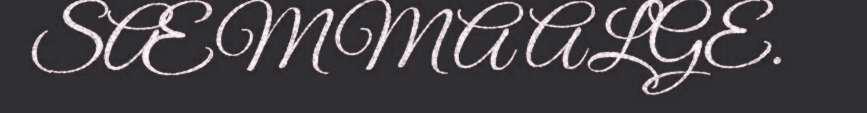
SÆMMA ALGE.